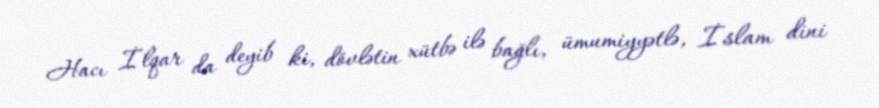
Hacı İlqar da deyib ki, dövlətin xütbə ilə bağlı, ümumiyyətlə, İslam dini